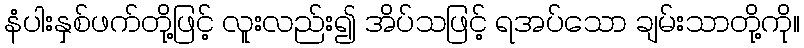
နံပါးနှစ်ဖက်တို့ဖြင့် လူးလည်း၍ အိပ်သဖြင့် ရအပ်သော ချမ်းသာတို့ကို။